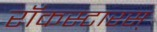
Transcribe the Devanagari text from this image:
रॉकस्टारस्